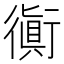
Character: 衠